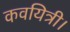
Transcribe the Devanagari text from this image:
कवयित्री।